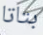
بتاتا